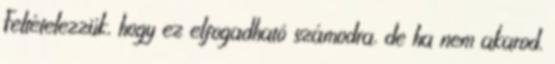
Feltételezzük, hogy ez elfogadható számodra, de ha nem akarod,